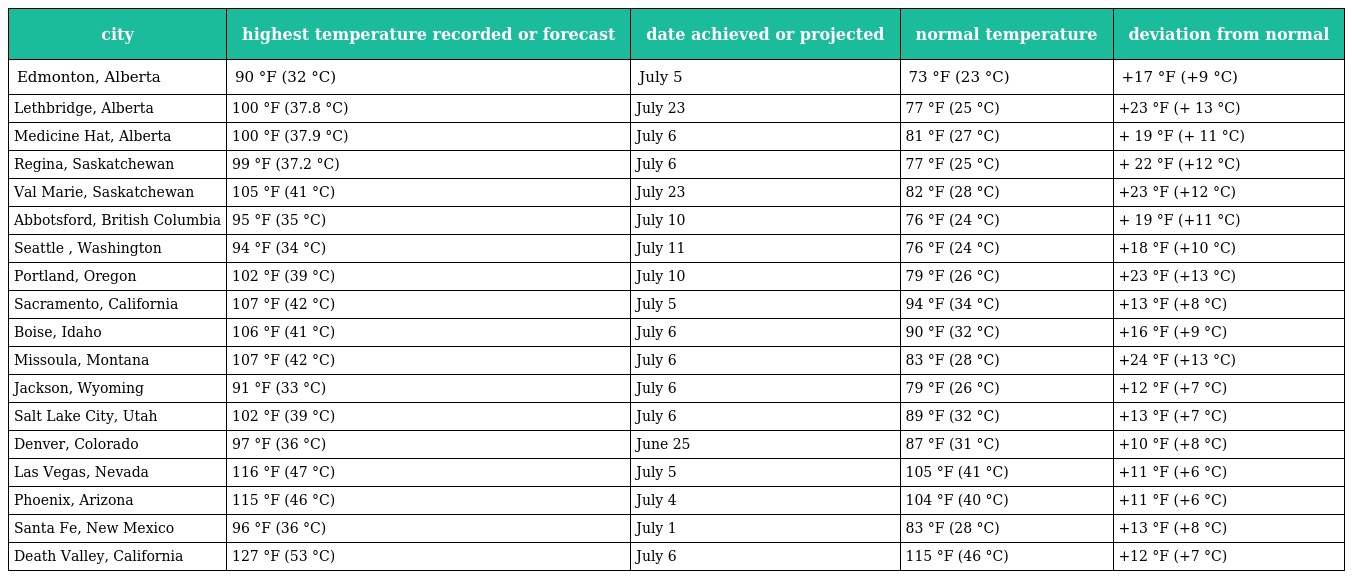
| city | highest temperature recorded or forecast | date achieved or projected | normal temperature | deviation from normal |
 | --- | --- | --- | --- | --- |
 | Edmonton, Alberta | 90 °F (32 °C) | July 5 | 73 °F (23 °C) | +17 °F (+9 °C) |
 | Lethbridge, Alberta | 100 °F (37.8 °C) | July 23 | 77 °F (25 °C) | +23 °F (+ 13 °C) |
 | Medicine Hat, Alberta | 100 °F (37.9 °C) | July 6 | 81 °F (27 °C) | + 19 °F (+ 11 °C) |
 | Regina, Saskatchewan | 99 °F (37.2 °C) | July 6 | 77 °F (25 °C) | + 22 °F (+12 °C) |
 | Val Marie, Saskatchewan | 105 °F (41 °C) | July 23 | 82 °F (28 °C) | +23 °F (+12 °C) |
 | Abbotsford, British Columbia | 95 °F (35 °C) | July 10 | 76 °F (24 °C) | + 19 °F (+11 °C) |
 | Seattle , Washington | 94 °F (34 °C) | July 11 | 76 °F (24 °C) | +18 °F (+10 °C) |
 | Portland, Oregon | 102 °F (39 °C) | July 10 | 79 °F (26 °C) | +23 °F (+13 °C) |
 | Sacramento, California | 107 °F (42 °C) | July 5 | 94 °F (34 °C) | +13 °F (+8 °C) |
 | Boise, Idaho | 106 °F (41 °C) | July 6 | 90 °F (32 °C) | +16 °F (+9 °C) |
 | Missoula, Montana | 107 °F (42 °C) | July 6 | 83 °F (28 °C) | +24 °F (+13 °C) |
 | Jackson, Wyoming | 91 °F (33 °C) | July 6 | 79 °F (26 °C) | +12 °F (+7 °C) |
 | Salt Lake City, Utah | 102 °F (39 °C) | July 6 | 89 °F (32 °C) | +13 °F (+7 °C) |
 | Denver, Colorado | 97 °F (36 °C) | June 25 | 87 °F (31 °C) | +10 °F (+8 °C) |
 | Las Vegas, Nevada | 116 °F (47 °C) | July 5 | 105 °F (41 °C) | +11 °F (+6 °C) |
 | Phoenix, Arizona | 115 °F (46 °C) | July 4 | 104 °F (40 °C) | +11 °F (+6 °C) |
 | Santa Fe, New Mexico | 96 °F (36 °C) | July 1 | 83 °F (28 °C) | +13 °F (+8 °C) |
 | Death Valley, California | 127 °F (53 °C) | July 6 | 115 °F (46 °C) | +12 °F (+7 °C) |